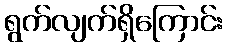
ရွက်လျက်ရှိကြောင်း